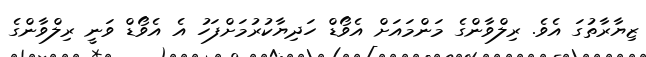
ޒިޔާރާތުގަ އެވެ. ރިލްވާންގެ މަންމައަށް އެވޯޑް ހަދިޔާކުރުމަށްފަހު އެ އެވޯޑް ވަނީ ރިލްވާންގެ